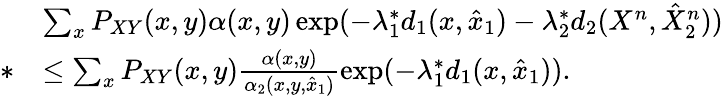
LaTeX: \begin{array}{rl}&{\sum_{x}P_{XY}(x,y)\alpha(x,y)\exp(-\lambda_{1}^{*}d_{1}(x,\hat{x}_{1})-\lambda_{2}^{*}d_{2}(X^{n},\hat{X}_{2}^{n}))}\\ {*}&{\leq\sum_{x}P_{XY}(x,y)\frac{\alpha(x,y)}{\alpha_{2}(x,y,\hat{x}_{1})}\exp(-\lambda_{1}^{*}d_{1}(x,\hat{x}_{1})).}\end{array}